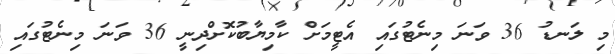
މި ލަނޑު 36 ވަނަ މިނެޓުގައި އެޓީމަށް ކާމިޔާބުކޮށްދިނީ 36 ވަނަ މިނެޓުގައި